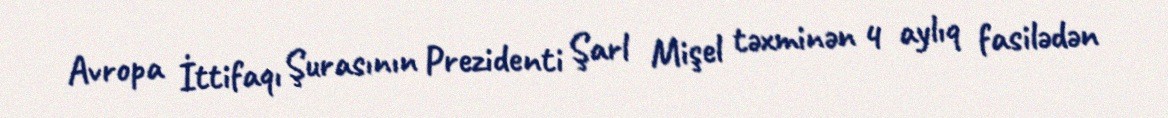
Avropa İttifaqı Şurasının Prezidenti Şarl Mişel təxminən 4 aylıq fasilədən